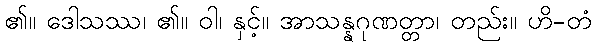
၏။ ဒေါသဿ၊ ၏။ ဝါ၊ နှင့်။ အာသန္နဂုဏတ္တာ၊ တည်း။ ဟိ-တံ